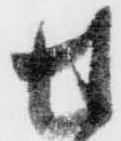
せ